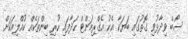
ސޯބެ ވިދާޅުވި ގޮތުގައި ބަޔަކާ އެކު އެގްރިމަންޓް ހަދާފައި ހުރި ބިންތަކެއް ކުއްލިއަކަށް